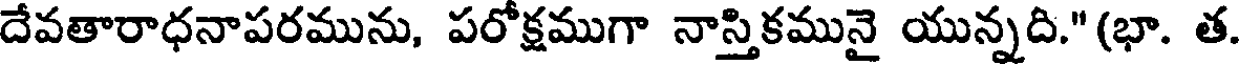
దేవతారాధనాపరమును, పరోక్షముగా నాస్తికమునై యున్నది."(భా. త.